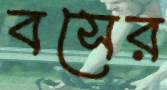
বসের